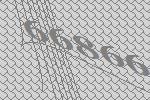
66866